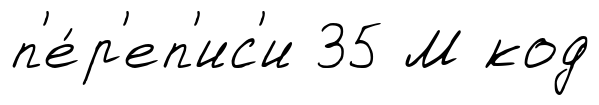
п'е́р'еп'ис'и 35 М код